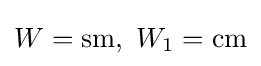
W=\operatorname {sm} ,\ W_{1}=\operatorname {cm}